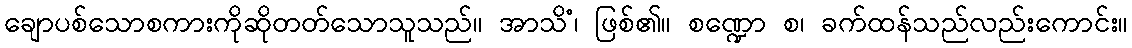
ချောပစ်သောစကားကိုဆိုတတ်သောသူသည်။ အာသိံ၊ ဖြစ်၏။ စဏ္ဍော စ၊ ခက်ထန်သည်လည်းကောင်း။